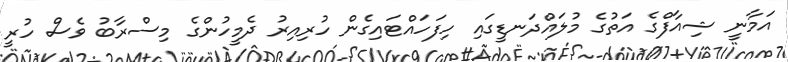
އަމާނީ ޝިއާފްގެ އަތުގެ މުލައްދަނޑީގައި ހިފަހައްޓައިގެން ހުރިއިރު ދެމީހުންގެ މިސްރާބު ވެސް ހުރީ